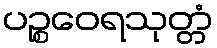
ပဉ္စဝေရသုတ္တံ